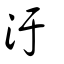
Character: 汙